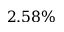
2 . 5 8 \%